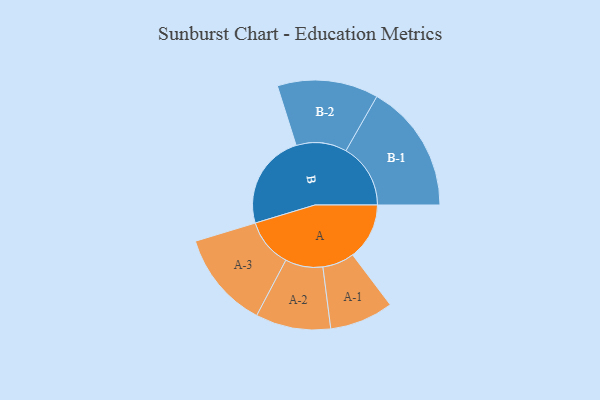
{"axis": {"x": "Segment", "y": "Value"}, "legend": ["", "A", "B"], "data": [{"x": "A", "y": 258, "type": ""}, {"x": "B", "y": 435, "type": ""}, {"x": "A-1", "y": 145, "type": "A"}, {"x": "A-2", "y": 171, "type": "A"}, {"x": "A-3", "y": 221, "type": "A"}, {"x": "B-1", "y": 294, "type": "B"}, {"x": "B-2", "y": 230, "type": "B"}]}